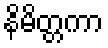
နိမိတ္တကာ